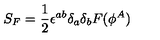
S _ { F } = { \frac { 1 } { 2 } } \epsilon ^ { a b } \delta _ { a } \delta _ { b } F ( \phi ^ { A } )